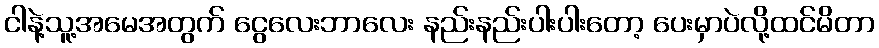
ငါနဲ့သူ့အမေအတွက် ငွေလေးဘာလေး နည်းနည်းပါးပါးတော့ ပေးမှာပဲလို့ထင်မိတာ